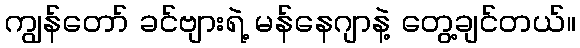
ကျွန်တော် ခင်ဗျားရဲ့ မန်နေဂျာနဲ့ တွေ့ချင်တယ်။